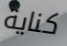
كناية